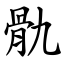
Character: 骩